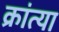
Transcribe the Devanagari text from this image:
क्रांत्या